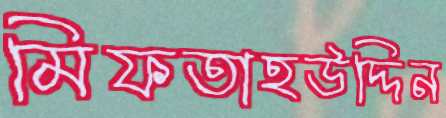
মিফতাহউদ্দিন